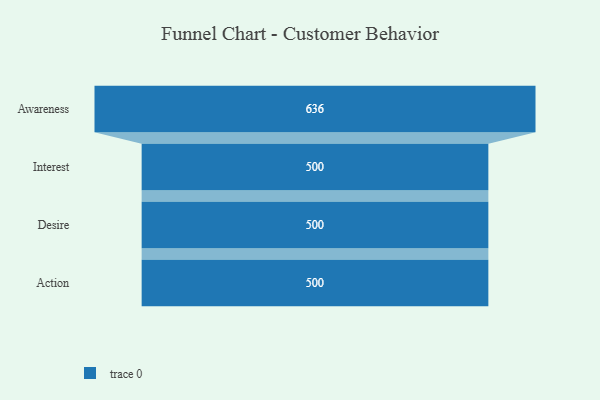
{"axis": {"x": "Stage", "y": "Value"}, "legend": [""], "data": [{"x": "Awareness", "y": 636.0, "type": ""}, {"x": "Interest", "y": 500, "type": ""}, {"x": "Desire", "y": 500, "type": ""}, {"x": "Action", "y": 500, "type": ""}]}